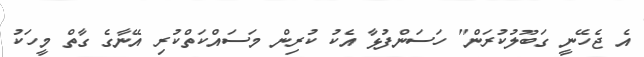
އެ ޖެހޭނީ ގަބޫލުކުރަން" ހަސަންފުޅާ އެކު ކުރިން މަސައްކަތްކުރި އޭނާގެ ގާތް މީހަކު